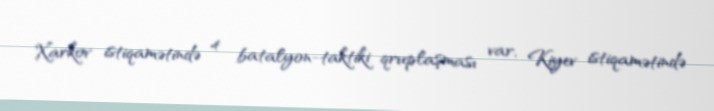
Xarkov istiqamətində 4 batalyon-taktiki qruplaşması var, Kiyev istiqamətində